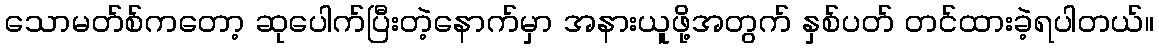
သောမတ်စ်ကတော့ ဆုပေါက်ပြီးတဲ့နောက်မှာ အနားယူဖို့အတွက် နှစ်ပတ် တင်ထားခဲ့ရပါတယ်။